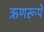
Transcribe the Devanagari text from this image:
ऋणरूपे